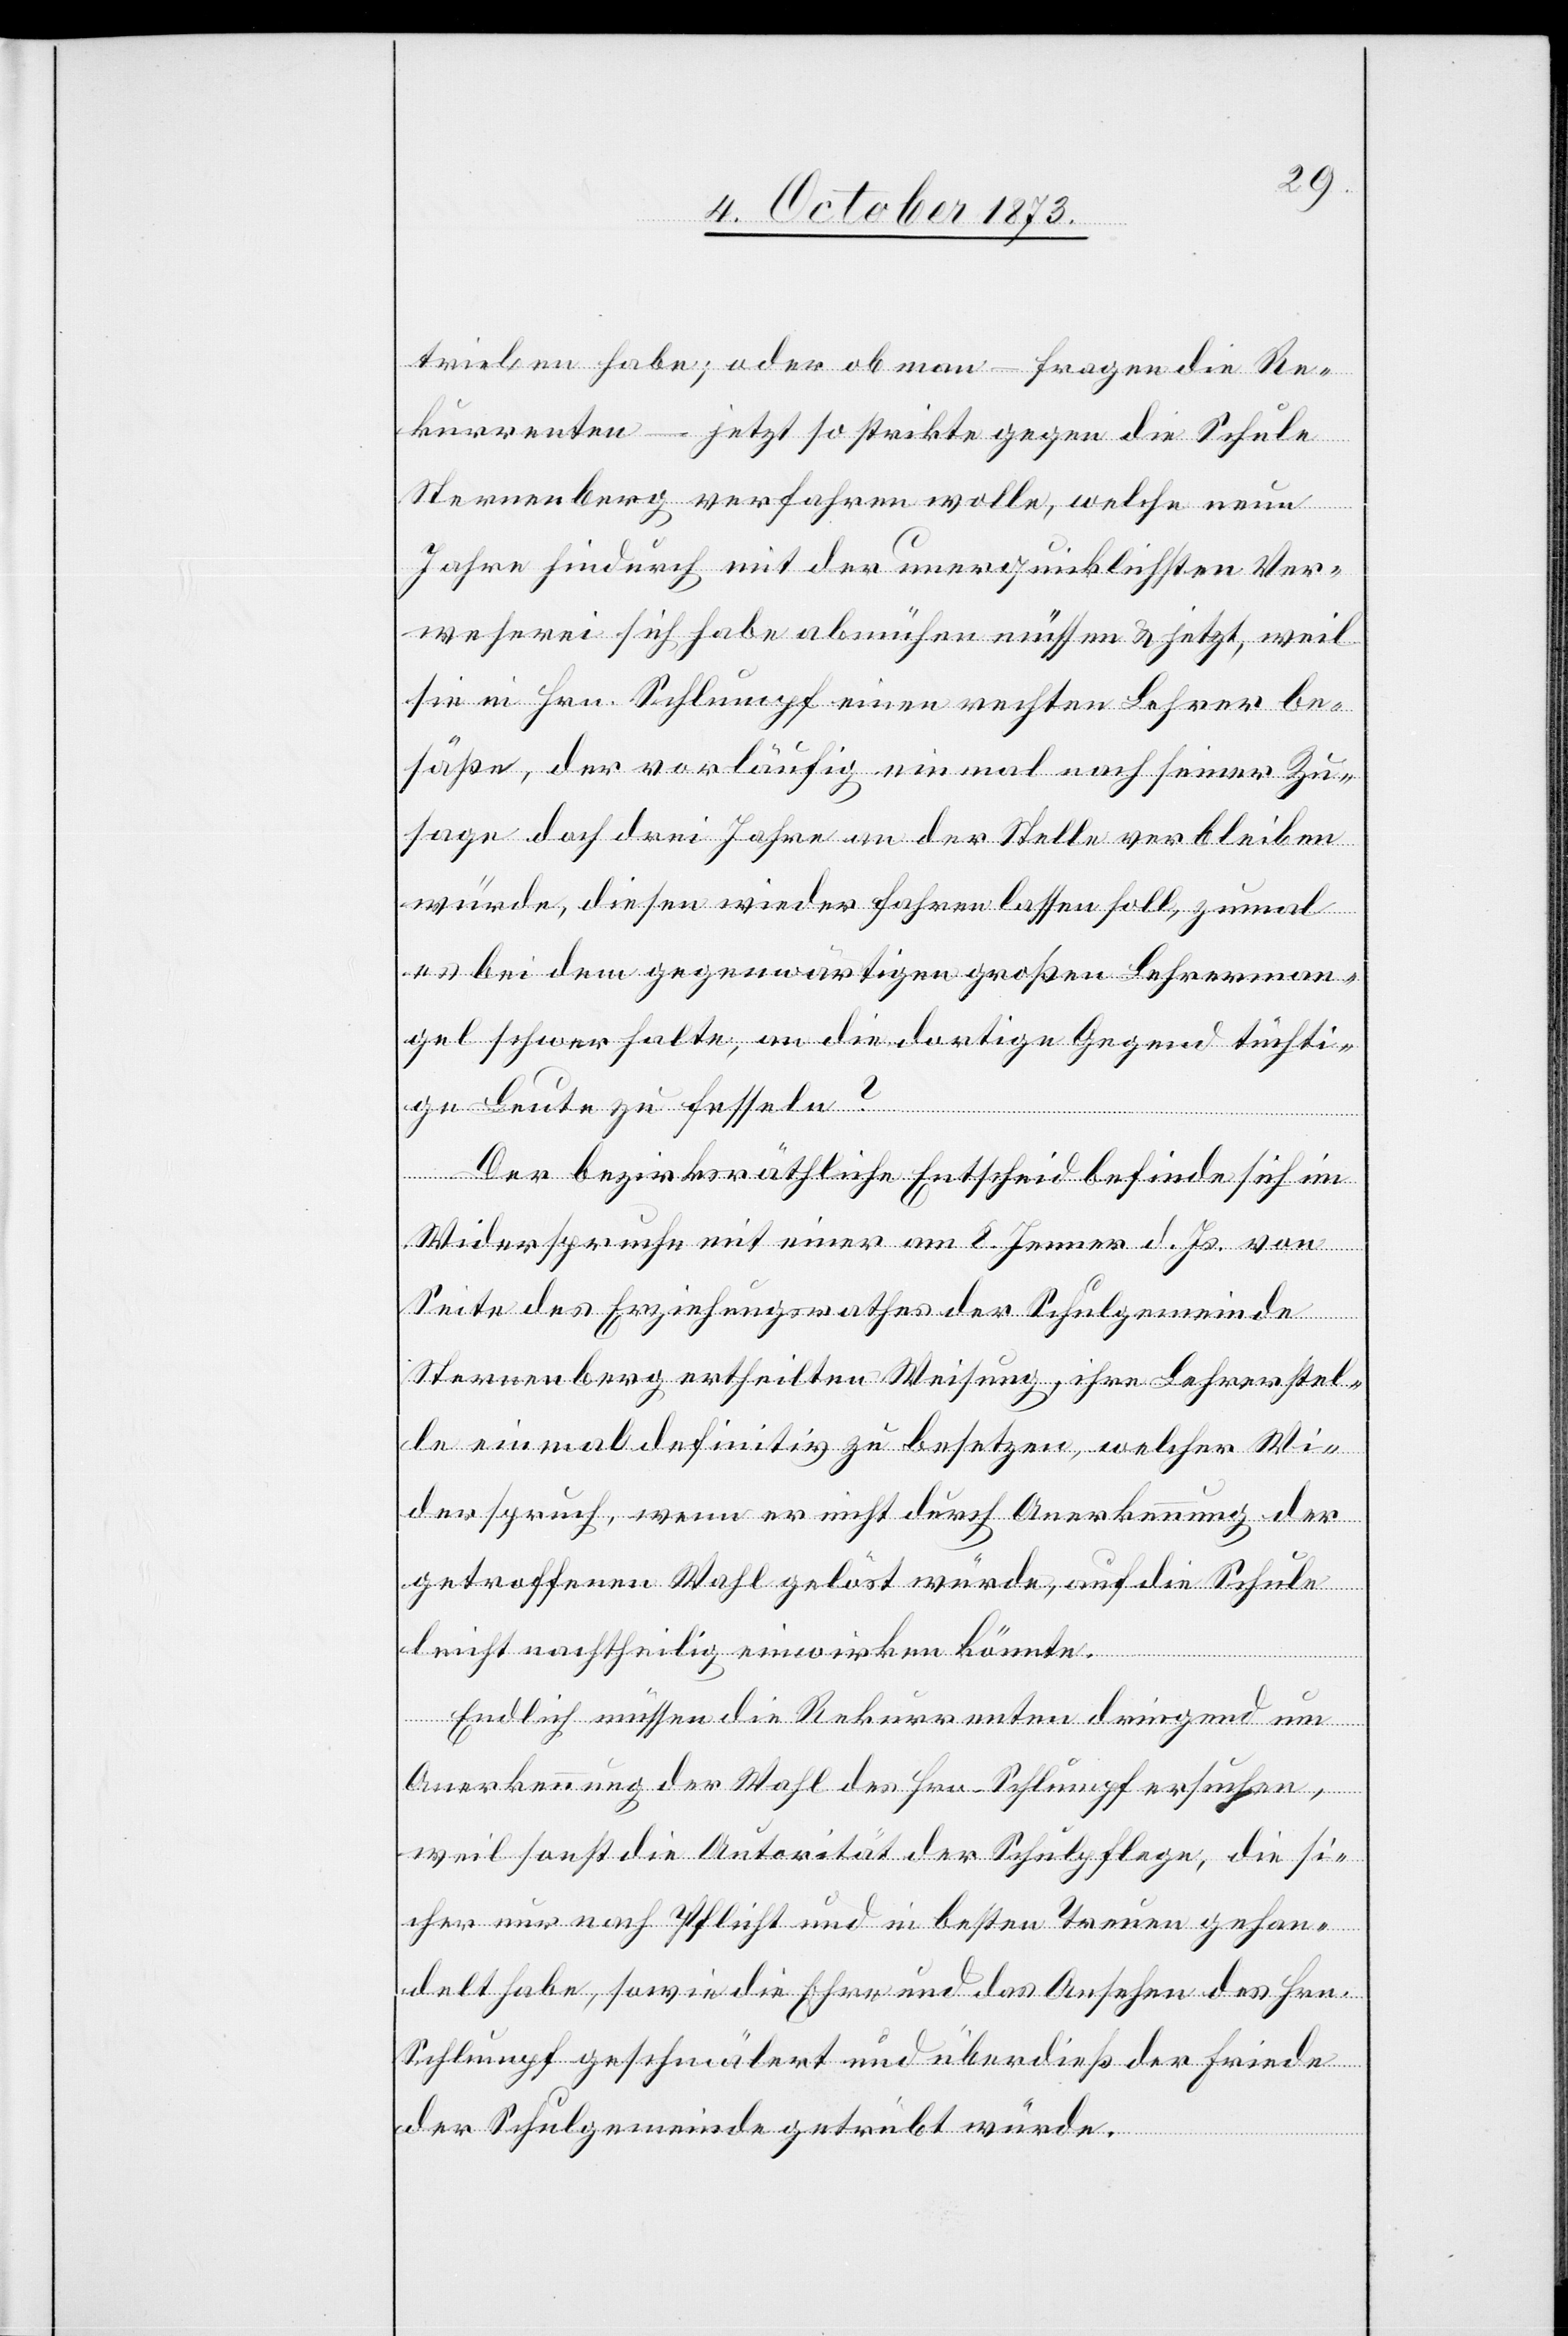
trieben habe; oder ob man – fragen die Re¬
kurrenten – jetzt so strikte gegen die Schule
Sternenberg verfahren wolle, welche neun
Jahre hindurch mit der unerquicklichsten Ver¬
weserei sich habe abmühen müssen & jetzt, weil
sie in Hrn. Schlumpf einen rechten Lehrer be¬
säße, der vorläufig einmal nach seiner Zu¬
sage doch drei Jahre an der Stelle verbleiben
würde, diesen wieder fahren lassen soll, zumal
es bei dem gegenwärtigen großen Lehrerman¬
gel schwer halte, an die dortige Gegend tüchti¬
ge Leute zu fesseln?
Der bezirksräthliche Entscheid befinde sich im
Widerspruche mit einer am 8. Jenner d. Js. von
Seite des Erziehungsrathes der Schulgemeinde
Sternenberg ertheilten Weisung, ihre Lehrerstel¬
le einmal definitiv zu besetzen, welcher Wi¬
derspruch, wenn er nicht durch Anerkennung der
getroffenen Wahl gelöst würde, auf die Schule
leicht nachtheilig einwirken könnte.
Endlich müssen die Rekurrenten dringend um
Anerkennung der Wahl des Hrn. Schlumpf ersuchen,
weil sonst die Autorität der Schulpflege, die si¬
cher nur nach Pflicht und in besten Treuen gehan¬
delt habe, sowie die Ehre und das Ansehen des Hrn.
Schlumpf geschmälert und überdieß der Friede
der Schulgemeinde getrübt würde.